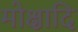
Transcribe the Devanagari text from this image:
मोक्षादि